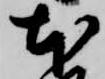
本